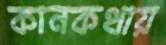
কানকথায়